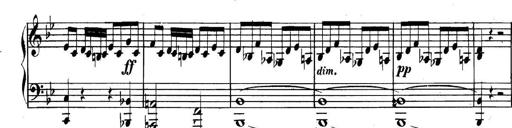
Title: Collected Piano Sonatas
Composer: Muzio Clementi